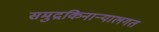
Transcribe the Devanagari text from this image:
समुद्रकिनाऱ्यालगत